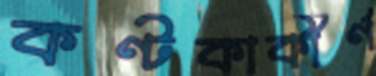
কণ্টকাকীর্ণ